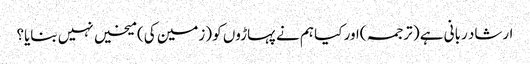
ارشاد ربانی ہے ( ترجمہ )اور کیا ہم نے پہاڑوں کو (زمین کی) میخیں نہیں بنایا؟